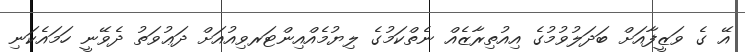
އޭ ގެ ވަޒީފާއަށް ބަދަލުވުމުގެ އިއުތިރާޒެއް ނެތްކަމުގެ ލިޔުމެއްއިންޓަރވިއުއަށް ދަޢުވަތު ދެވޭނީ ހަމައެކަނި